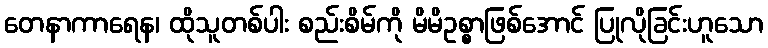
တေနာကာရေန၊ ထိုသူတစ်ပါး စည်းစိမ်ကို မိမိဥစ္စာဖြစ်အောင် ပြုလိုခြင်းဟူသော